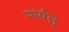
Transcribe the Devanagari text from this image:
मार्यलु